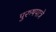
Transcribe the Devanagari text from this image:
पुरुषपात्रे